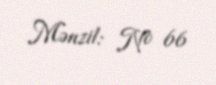
Mənzil: № 66